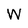
Character: W